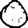
Digit: 0